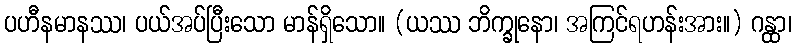
ပဟီနမာနဿ၊ ပယ်အပ်ပြီးသော မာန်ရှိသော။ (ယဿ ဘိက္ခုနော၊ အကြင်ရဟန်းအား။) ဂန္ထာ၊